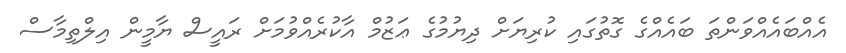
އެއްބައެއްވަންތަ ބައެއްގެ ގޮތުގައި ކުރިޔަށް ދިޔުމުގެ ޢަޒުމް އާކުރެއްވުމަށް ރައީސް ޔާމީން އިލްތިމާސް